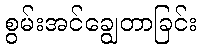
စွမ်းအင်ချွေတာခြင်း